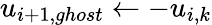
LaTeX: u_{i+1,ghost}\leftarrow-u_{i,k}